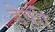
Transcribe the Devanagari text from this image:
डेकी